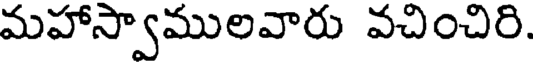
మహాస్వాములవారు వచించిరి.